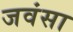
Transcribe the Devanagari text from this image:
जवंसा